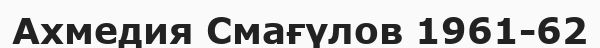
Ахмедия Смағүлов 1961-62